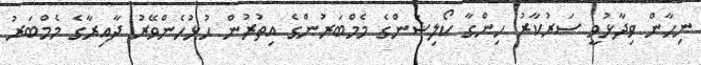
ނިހާން ވިދާޅުވީ ސަރުކާރު ހިންގާ ކޯލިޝަންގެ މެމްބަރުންގެ އިތުރުން ހުޅުހެންވޭރު ދާއިރާގެ މެމްބަރު